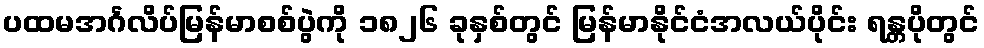
ပထမအင်္ဂလိပ်မြန်မာစစ်ပွဲကို ၁၈၂၆ ခုနှစ်တွင် မြန်မာနိုင်ငံအလယ်ပိုင်း ရန္တပိုတွင်